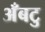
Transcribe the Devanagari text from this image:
अँबटु